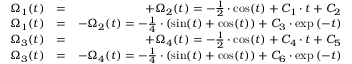
\begin{array} { r l r } { \Omega _ { 1 } ( t ) } & { = } & { + \Omega _ { 2 } ( t ) = - \frac { 1 } { 2 } \cdot \cos ( t ) + C _ { 1 } \cdot t + C _ { 2 } } \\ { \Omega _ { 1 } ( t ) } & { = } & { - \Omega _ { 2 } ( t ) = - \frac { 1 } { 4 } \cdot ( \sin ( t ) + \cos ( t ) ) + C _ { 3 } \cdot \exp { ( - t ) } } \\ { \Omega _ { 3 } ( t ) } & { = } & { + \Omega _ { 4 } ( t ) = - \frac { 1 } { 2 } \cdot \cos ( t ) + C _ { 4 } \cdot t + C _ { 5 } } \\ { \Omega _ { 3 } ( t ) } & { = } & { - \Omega _ { 4 } ( t ) = - \frac { 1 } { 4 } \cdot ( \sin ( t ) + \cos ( t ) ) + C _ { 6 } \cdot \exp { ( - t ) } } \end{array}